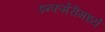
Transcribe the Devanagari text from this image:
इन्फर्मरीमध्ये